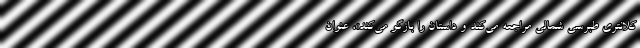
کلانتری طبرسی شمالی مراجعه می‌کند و داستان را بازگو می‌کند»، عنوان